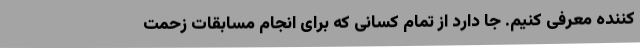
کننده معرفی کنیم‌. جا دارد از تمام کسانی که برای انجام مسابقات زحمت